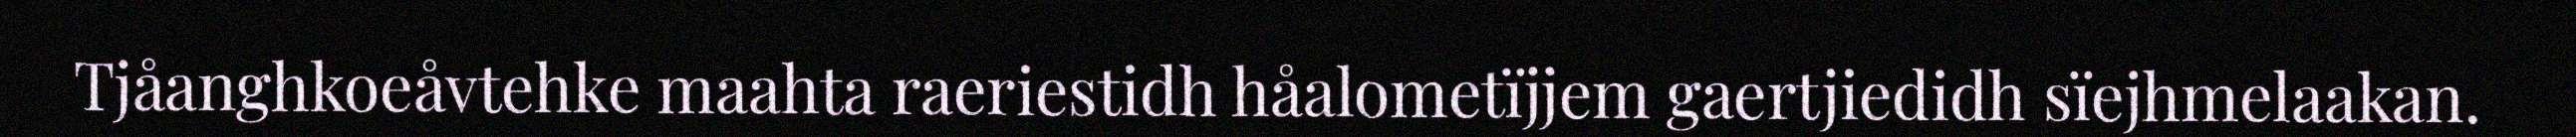
Tjåanghkoeåvtehke maahta raeriestidh håalometïjjem gaertjiedidh sïejhmelaakan.